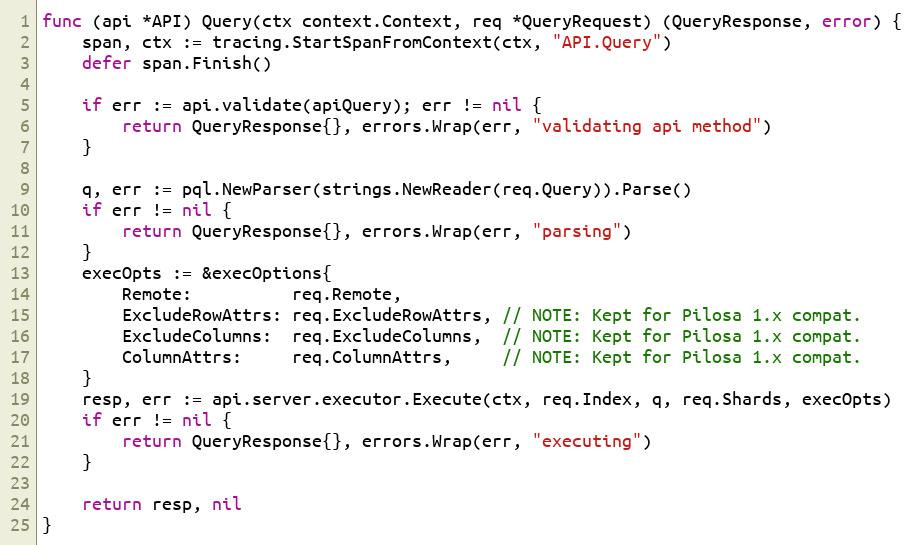
Language: Go
func (api *API) Query(ctx context.Context, req *QueryRequest) (QueryResponse, error) {
	span, ctx := tracing.StartSpanFromContext(ctx, "API.Query")
	defer span.Finish()

	if err := api.validate(apiQuery); err != nil {
		return QueryResponse{}, errors.Wrap(err, "validating api method")
	}

	q, err := pql.NewParser(strings.NewReader(req.Query)).Parse()
	if err != nil {
		return QueryResponse{}, errors.Wrap(err, "parsing")
	}
	execOpts := &execOptions{
		Remote:          req.Remote,
		ExcludeRowAttrs: req.ExcludeRowAttrs, // NOTE: Kept for Pilosa 1.x compat.
		ExcludeColumns:  req.ExcludeColumns,  // NOTE: Kept for Pilosa 1.x compat.
		ColumnAttrs:     req.ColumnAttrs,     // NOTE: Kept for Pilosa 1.x compat.
	}
	resp, err := api.server.executor.Execute(ctx, req.Index, q, req.Shards, execOpts)
	if err != nil {
		return QueryResponse{}, errors.Wrap(err, "executing")
	}

	return resp, nil
}